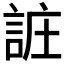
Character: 𲁩